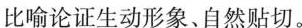
比喻论证生动形象、自然贴切。